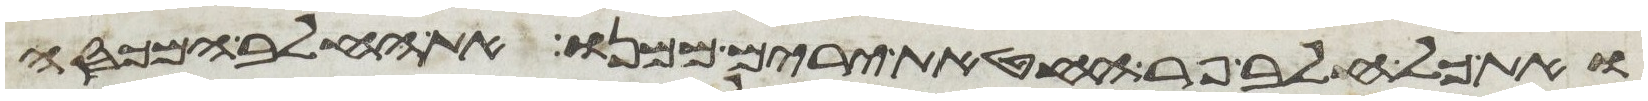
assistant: ואת כל חלב פר החטאת ירים ממנו את החלב המכסה